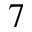
^ { 7 }